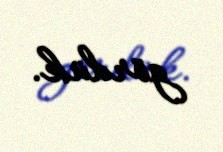
gördük.